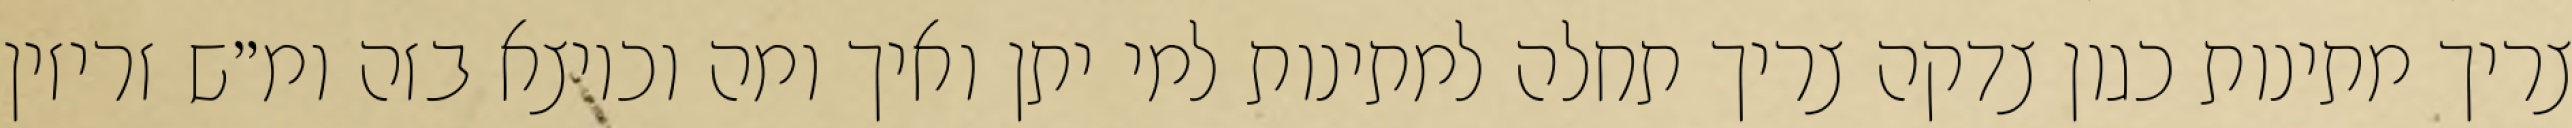
צריך מתינות כגון צדקה צריך תחלה למתינות למי יתן ואיך ומה וכיוצא בזה ומ״ש זריזין